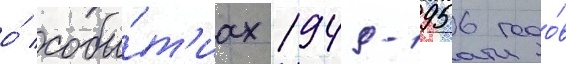
о́ собы́т'иах 1949-1956 годо́в